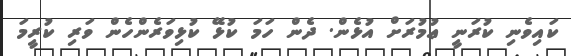
ކައިވެނި ކުރަނީ ޢުމުރަށް އުޅެން. ދެން ހަމަ ކުޅޭ ކުޅިވަރެންހެން ވަރި ކުރީމަ